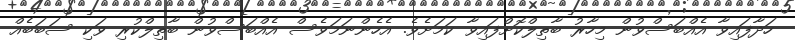
ހަދާފައިވާ އެއްބަސްވުން މިހާރު ބާތިލްކޮށްފައިވާ ކަމަށެވެ. އެހެންނަމަވެސް އެއްބަސްވުން ބާތިލްކުރި ވަކި ސަބަބެއް